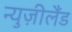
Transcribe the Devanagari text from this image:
न्युज़ीलैंड